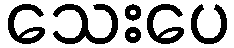
သေးပေ